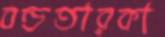
বন্ডতারকা